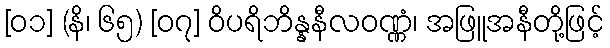
[၀၁] (နိ၊ ၆၅) [၀၇] ဝိပရိဘိန္နနီလဝဏ္ဏံ၊ အဖြူအနီတို့ဖြင့်